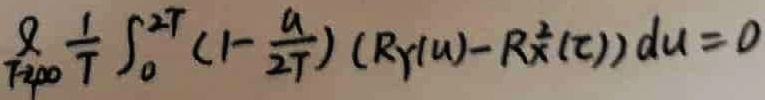
$\frac{2}{T^{2}\mu_{0}}\frac{1}{T}\int_{0}^{2T}(1 - \frac{u}{2T})(R_Y(u)-R_X^2(\tau))du = 0$